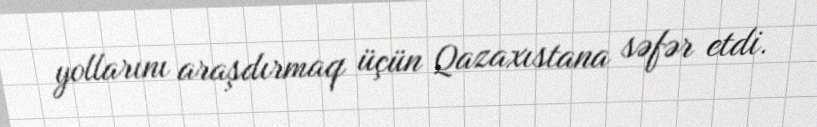
yollarını araşdırmaq üçün Qazaxıstana səfər etdi.